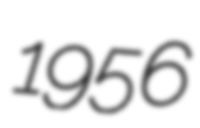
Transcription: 1956